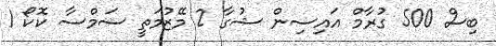
ބިސް 500 ގުރާމް އައިސިން ޝުގާ 2 މޭޒުމަތީ ސަމްސާ ކޮކޯ 1